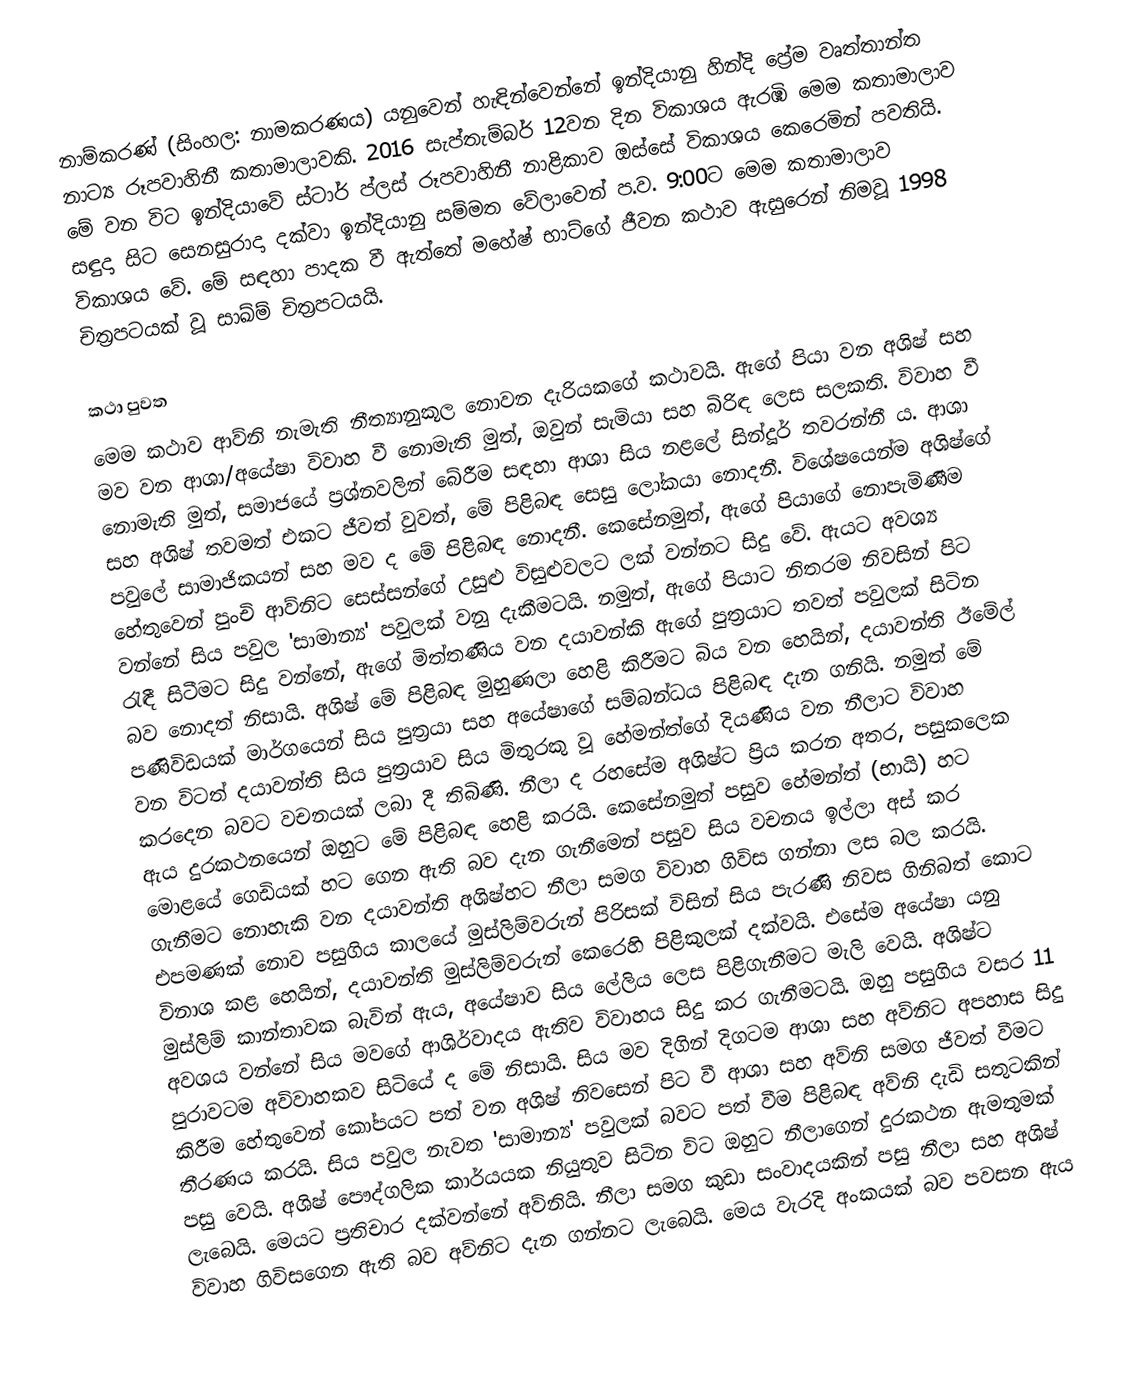
නාම්කරණ් (සිංහල: නාමකරණය) යනුවෙන් හැඳින්වෙන්නේ ඉන්දියානු හින්දි ප්‍රේම වෘත්තාන්ත නාට්‍ය රූපවාහිනී කතාමාලාවකි. 2016 සැප්තැම්බර් 12වන දින විකාශය ඇරඹි මෙම කතාමාලාව මේ වන විට ඉන්දියාවේ ස්ටාර් ප්ලස් රූපවාහිනී නාළිකාව ඔස්සේ විකාශය කෙරෙමින් පවතියි. සඳුදා සිට සෙනසුරාදා දක්වා ඉන්දියානු සම්මත වේලාවෙන් ප.ව. 9:00ට මෙම කතාමාලාව විකාශය වේ. මේ සඳහා පාදක වී ඇත්තේ මහේෂ් භාට්ගේ ජීවන කථාව ඇසුරෙන් නිමවූ 1998 චිත්‍රපටයක් වූ සාඛ්ම් චිත්‍රපටයයි.

කථා පුවත
මෙම කථාව ආව්නි නැමැති නීත්‍යානුකූල නොවන දැරියකගේ කථාවයි. ඇගේ පියා වන අශිෂ් සහ මව වන ආශා/අයේෂා විවාහ වී නොමැති මුත්, ඔවුන් සැමියා සහ බිරිඳ ලෙස සලකති. විවාහ වී නොමැති මුත්, සමාජයේ ප්‍රශ්නවලින් බේරීම සඳහා ආශා සිය න‍ළලේ සින්දූර් තවරන්නී ය. ආශා සහ අශිෂ් තවමත් එකට ජීවත් වුවත්, මේ පිළිබඳ සෙසු ලෝකයා නොදනී. විශේෂයෙන්ම අශිෂ්ගේ පවුලේ සාමාජිකයන් සහ මව ද මේ පිළිබඳ නොදනී. කෙසේනමුත්, ඇගේ පියාගේ නොපැමිණීම හේතුවෙන් පුංචි ආව්නිට සෙස්සන්ගේ උසුළු විසුළුවලට ලක් වන්නට සිදු වේ. ඇයට අවශ්‍ය වන්නේ සිය පවුල 'සාමාන්‍ය' පවුලක් වනු දැකීමටයි. නමුත්, ඇගේ පියාට නිතරම නිවසින් පිට රැඳී සිටීමට සිදු වන්නේ, ඇගේ මිත්තණිය වන දයාවන්කි ඇගේ පුත්‍රයාට තවත් පවුලක් සිටින බව නොදත් නිසායි. අශිෂ් මේ පිළිබඳ මුහුණලා හෙළි කිරීමට බිය වන හෙයින්, දයාවන්ති ඊමේල් පණිවිඩයක් මාර්ගයෙන් සිය පුත්‍රයා සහ අයේෂාගේ සම්බන්ධය පිළිබඳ දැන ගනියි. නමුත් මේ වන විටත් දයාවන්ති සිය පුත්‍රයාව සිය මිතුරකු වූ හේමන්ත්ගේ දියණිය වන නීලාට විවාහ කරදෙන බවට වචනයක් ලබා දී තිබිණි. නීලා ද රහසේම අශිෂ්ට ප්‍රිය කරන අතර, පසුකලෙක ඇය දුරකථනයෙන් ඔහුට මේ පිළිබඳ හෙළි කරයි. කෙසේනමුත් පසුව හේමන්ත් (භායි) හට මොළයේ ගෙඩියක් හට ගෙන ඇති බව දැන ගැනීමෙන් පසුව සිය වචනය ඉල්ලා අස් කර ගැනීමට නොහැකි වන දයාවන්ති අශිෂ්හට නීලා සමග විවාහ ගිවිස ගන්නා ලස බල කරයි. එපමණක් නොව පසුගිය කාලයේ මුස්ලිම්වරුන් පිරිසක් විසින් සිය පැරණි නිවස ගිනිබත් කොට විනාශ කළ හෙයින්, දයාවන්ති මුස්ලිම්වරුන් කෙරෙහි පිළිකුලක් දක්වයි. එසේම අයේෂා යනු මුස්ලිම් කාන්තාවක බැවින් ඇය, අයේෂාව සිය ලේලිය ලෙස පිළිගැනීමට මැලි වෙයි. අශිෂ්ට අවශය වන්නේ සිය මවගේ ආශිර්වාදය ඇතිව විවාහය සිදු කර ගැනීමටයි. ඔහු පසුගිය වසර 11 පුරාවටම අවිවාහකව සිටියේ ද මේ නිසායි. සිය මව දිගින් දිගටම ආශා සහ අව්නිට අපහාස සිදු කිරීම හේතුවෙන් කෝපයට පත් වන අශිෂ් නිවසෙන් පිට වී ආශා සහ අව්නි සමග ජීවත් වීමට තීරණය කරයි. සිය පවුල නැවත 'සාමාන්‍ය' පවුලක් බවට පත් වීම පිළිබඳ අව්නි දැඩි සතුටකින් පසු වෙයි. අශිෂ් පෞද්ගලික කාර්යයක නියුතුව සිටින විට ඔහුට නීලාගෙන් දුරකථන ඇමතුමක් ලැබෙයි. මෙයට ප්‍රතිචාර දක්වන්නේ අව්නියි. නීලා සමග කුඩා සංවාදයකින් පසු නීලා සහ අශිෂ් විවාහ ගිවිසගෙන ඇති බව අව්නිට දැන ගන්නට ලැබෙයි. මෙය වැරදි අංකයක් බව පවසන ඇය